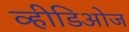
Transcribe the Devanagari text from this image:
व्हीडिओज